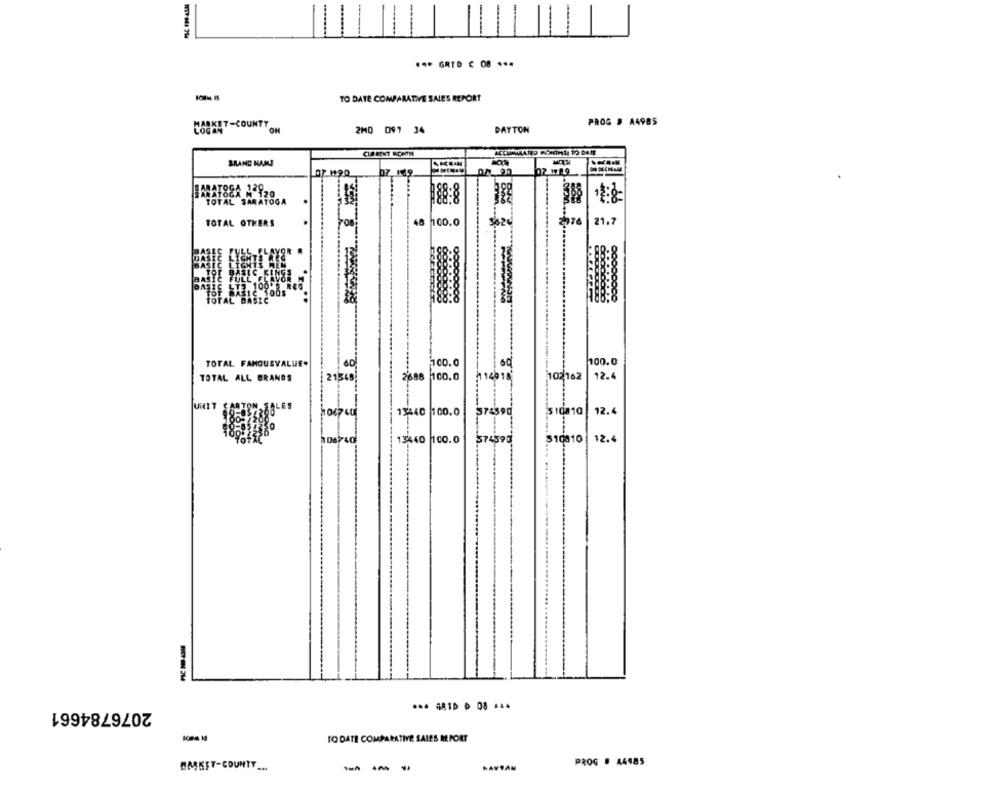
.** GRTD C 08 ***
TO DATE COMPARATIVE SALES REPORT
PROG # A4985
CORKIT-COUNTT OM
2M0 097 34
DAYTON
CURRENT ICHTH
BRAND NAME
07 190
07.149
07 1719
BARATOGA 120.
SARATOGA N 120
$8:8
TOTAL SARATOGA
-----
48
00.0
21,7
TOTAL OTHERS
2076
OR
100s
AL
TOTAL FAMOUSVALUE.
100.0
100.0
60
TOTAL ALL BRANDS
21348
2688 100.0
14018
102/102
12.4
LES
sidata
12.4
13340 100.0
13440 100.0
STASPE
$10010
12.4
2076784661
TO DATE COMPARATIVE SALES REPORT
BASKET-COUNTY ...
--
HAVIAM
PROG # 44985